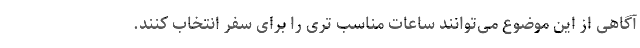
آگاهی از این موضوع می‌توانند ساعات مناسب تری را برای سفر انتخاب کنند.